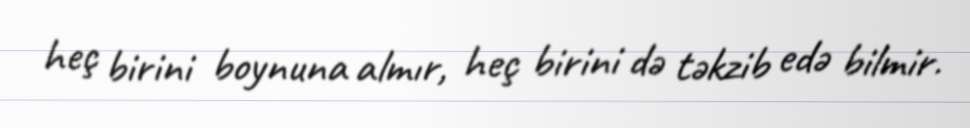
heç birini boynuna almır, heç birini də təkzib edə bilmir.